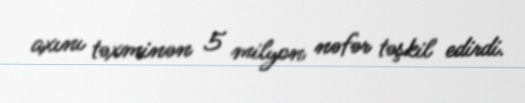
axını təxminən 5 milyon nəfər təşkil edirdi.